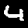
Label: 4